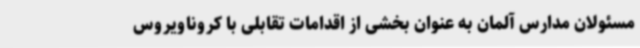
مسئولان مدارس آلمان به عنوان بخشی از اقدامات تقابلی با کروناویروس